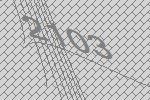
2103